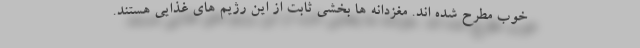
خوب مطرح شده اند. مغزدانه ها بخشی ثابت از این رژیم های غذایی هستند.